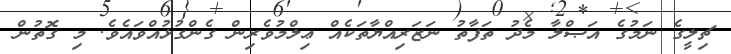
ޗިލީގެ ނަމުގެ އަޞްލާ މެދު ތަފާތު ނަޒަރިއްޔާތަކެއް ޢިލްމުވެރިން ގެންގުޅުއްވައެވެ. މި ގޮތުން